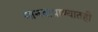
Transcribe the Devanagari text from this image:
मानवाप्राण्यातही